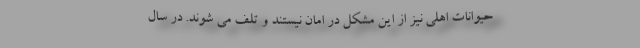
حیوانات اهلی نیز از این مشکل در امان نیستند و تلف می شوند. در سال